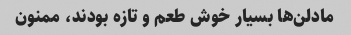
مادلن‌ها بسیار خوش طعم و تازه بودند، ممنون